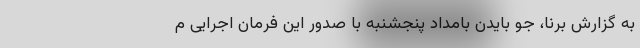
به گزارش برنا، جو بایدن بامداد پنجشنبه با صدور این فرمان اجرایی م